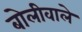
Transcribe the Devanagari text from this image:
बोलीवाले